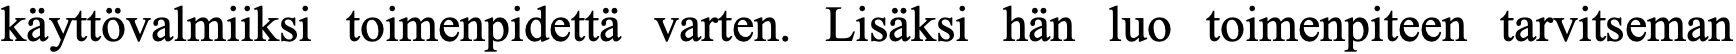
käyttövalmiiksi toimenpidettä varten. Lisäksi hän luo toimenpiteen tarvitseman